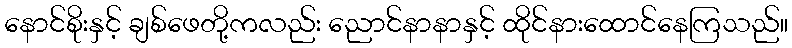
နောင်စိုးနှင့် ချစ်ဖေတို့ကလည်း ညောင်နာနာနှင့် ထိုင်နားထောင်နေကြသည်။